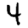
Digit: 4